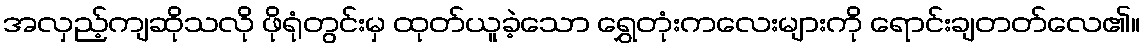
အလှည့်ကျဆိုသလို ဖိုရုံတွင်းမှ ထုတ်ယူခဲ့သော ရွှေတုံးကလေးများကို ရောင်းချတတ်လေ၏။